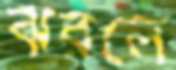
ঝরলে